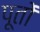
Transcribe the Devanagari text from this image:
पूतों